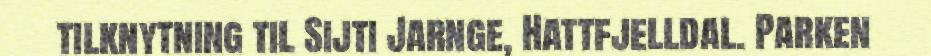
tilknytning til Sijti Jarnge, Hattfjelldal. Parken